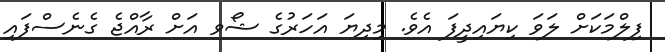
ފިލްމަކަށް ލަވަ ކިޔައިދީފަ އެވެ. މިދިޔަ އަހަރުގެ ޝޯވ އަށް ރާއްޖެ ގެނެސްފައި